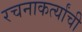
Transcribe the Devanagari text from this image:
रचनाकर्त्यांची